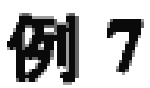
例 7